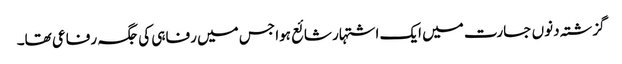
گزشتہ دنوں جسارت میں ایک اشتہار شائع ہوا جس میں رفاہی کی جگہ رفاعی تھا۔